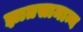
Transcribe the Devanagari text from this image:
ज्ञातसामान्य